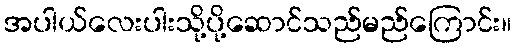
အပါယ်လေးပါးသို့ပို့ဆောင်သည်မည်ကြောင်း။